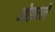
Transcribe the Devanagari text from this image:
ओफ़ाले